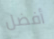
أفضل